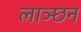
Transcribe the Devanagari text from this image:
लाञ्छन